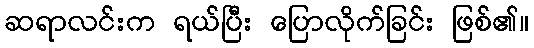
ဆရာလင်းက ရယ်ပြီး ပြောလိုက်ခြင်း ဖြစ်၏။